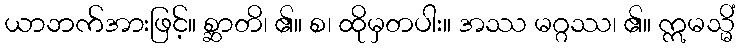
ယာဘက်အားဖြင့်။ စ္ဆာတိ၊ ၏။ စ၊ ထိုမှတပါး။ အဿ မဂ္ဂဿ၊ ၏။ ဣမသ္မိံ